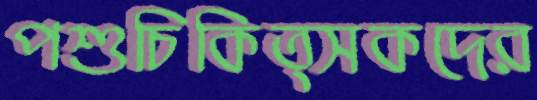
পশুচিকিত্সকদের